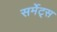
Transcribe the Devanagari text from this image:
सर्मेट्स